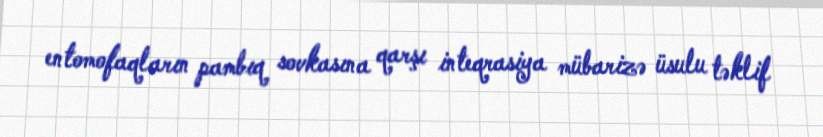
entomofaqların pambıq sovkasına qarşı inteqrasiya mübarizə üsulu təklif